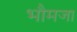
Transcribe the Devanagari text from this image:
भौमजा